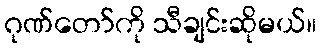
ဂုဏ်တော်ကို သီချင်းဆိုမယ်။